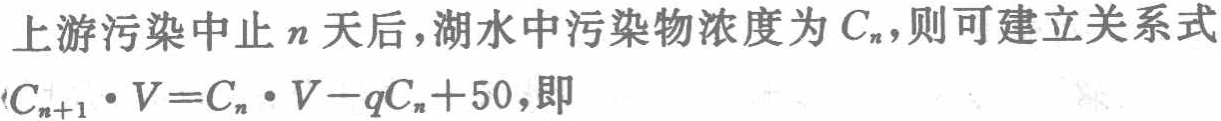
上游污染中止\(n\)天后，湖水中污染物浓度为\(C_{n}\)，则可建立关系式\(C_{n + 1}\cdot V = C_{n}\cdot V - qC_{n}+50\)，即